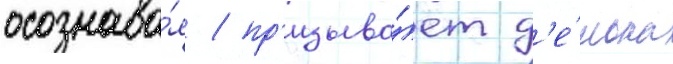
осознава́я / пр'изыва́ет д'е́мона